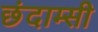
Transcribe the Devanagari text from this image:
छंदाम्सी